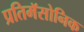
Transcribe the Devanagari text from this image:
प्रतिमॅसोनिक